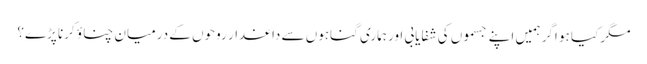
مگر کیا ہو اگر ہمیں اپنے جسموں کی شفایابی اور ہماری گناہوں سے داغدار روحوں کے درمیان چناؤ کرنا پڑے؟